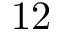
1 2